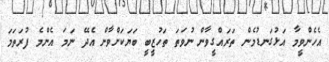
އެހެންވީމާ އަޅުގަނޑުމެން ތަރައްގީވާން ނުވަތަ ތަހުޒީބީ ބަޔަކަށްވާން އެދޭ ނަމަ އެންމެ ފުރަތަމަ